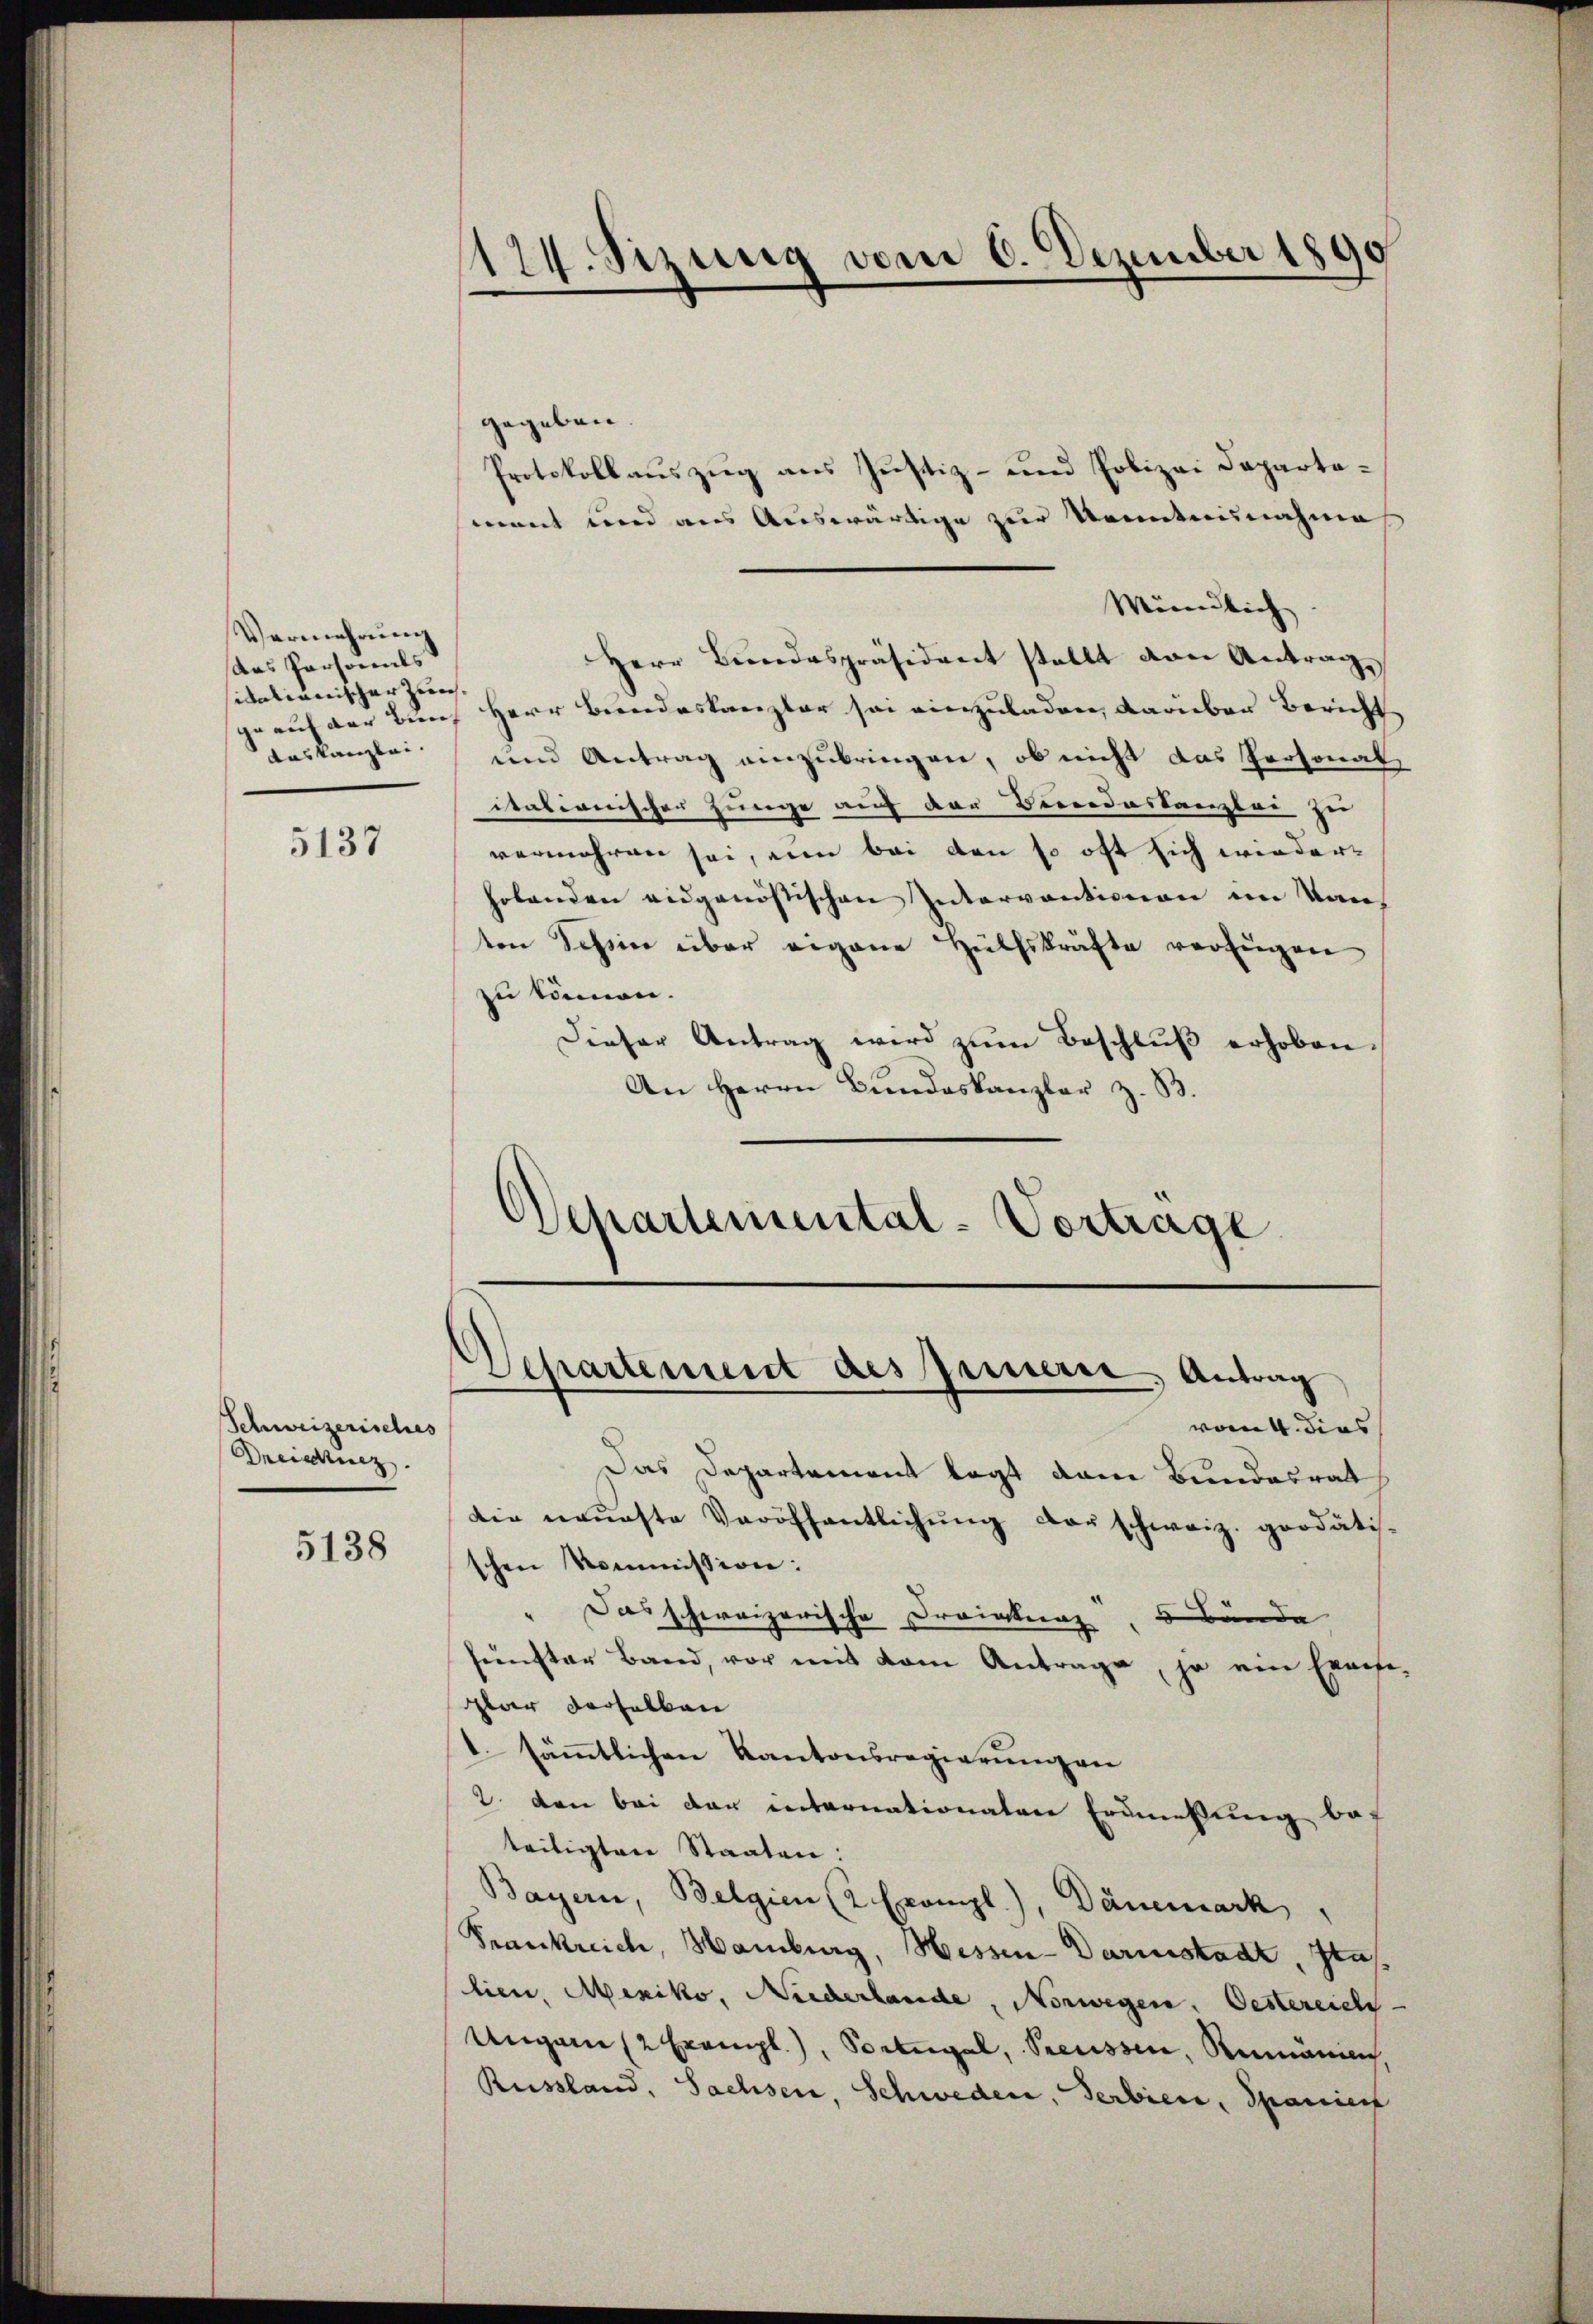
Vermehrung
das Personals
sitaliänischer Zürch.
das kanzlei.

5137

Schweizerisches
Dreistung.

5138

174. Sizung vom 6. Dezember 1890

gegeben
Protokollauszug aus Justiz- und Polizei Departamant und aus Auswärtige zur Kenntnisnahme
Mündlich
Herr Bundespräsident stellt von Antrag
ge auf der Bund Herr Beendeskanzler sei einzuladen, darüber Bericht
und Antrag einzubringen, ob nicht das Personal
itationischen Junge auf der Berrodeskanzlei zur
vermehren sei, ein bei den so oft sich wiederholenden eidgenössischen Interventionen im Kan-
ten Schin über eigene Hülfskräfte verfügen
zu können.
Dieser Antrag wird zum Beschluß erhoben.
An Herrn Bundeskanzler z. B.
Departemental-Vortrage

Departement des preiserie, Antrag
vom 4. dies

Das Departement legt dann Bundesrat
die neueste Veröffentlichŭng der schweiz. grodätis-
schen Kommission:
Das schweizerische Dreinkung, 5 Bände
fŭnster Band, vor mit dem Antrage, ja ein Execse-
lar derselben
1. sämmtlichen Kantonsregierung an
2 den bei der internationalere Ermeßung be-
teiligten Staaten:
Bayern, Belgien (2 Exempl.), Dänemark,
Frankreich, Hamburg, Hessen-Darmstadt, Stalien, Mexiko, Niederlande, Norwegen. Oestereich
Ungen (2 Exempl.), Portugal, Preussen, Rumänien
Russland, Sachsen, Schweder, Serbiere, Spanier